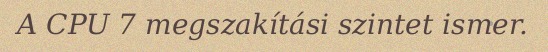
A CPU 7 megszakítási szintet ismer.